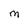
Character: M